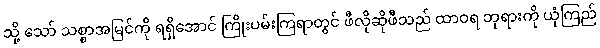
သို့ သော် သစ္စာအမြင်ကို ရရှိအောင် ကြိုးပမ်းကြရာတွင် ဖီလိုဆိုဖီသည် ထာဝရ ဘုရားကို ယုံကြည်